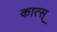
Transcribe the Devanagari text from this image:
कात्स्